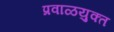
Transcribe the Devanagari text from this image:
प्रवाळयुक्त